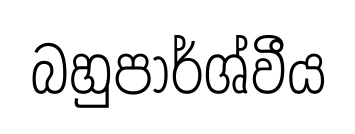
බහුපාර්ශ්වීය